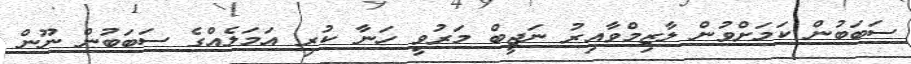
ސަބަބުން ކަމަށްވުން ލާޒިމްވާއިރު ނަޖީބް މަރުވީ ހަނާ ކުރި އަމަލެއްގެ ސަބަބުން ނޫން